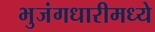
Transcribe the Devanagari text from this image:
भुजंगधारीमध्ये